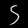
Digit: 5